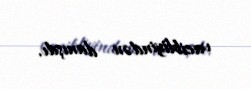
vacibliyindən danışdı.